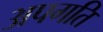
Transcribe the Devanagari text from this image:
अपगति